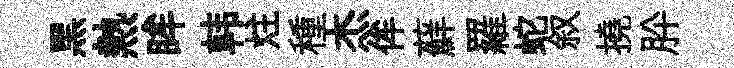
黑熱眸韩炷種杰侔蘚羅蛇叙撓肸